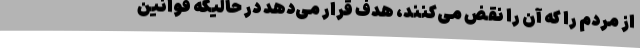
از مردم را که آن را نقض می‌کنند، هدف قرار می‌دهد در حالیکه قوانین